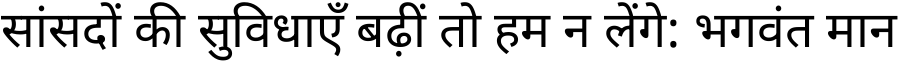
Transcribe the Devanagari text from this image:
सांसदों की सुविधाएँ बढ़ीं तो हम न लेंगे: भगवंत मान